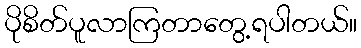
ပိုစိတ်ပူလာကြတာတွေ့ရပါတယ်။